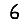
Digit: 6